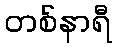
တစ်နာရီ